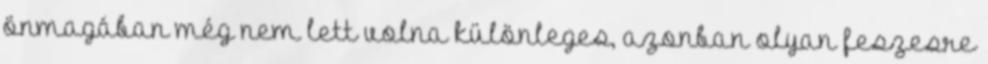
önmagában még nem lett volna különleges, azonban olyan feszesre